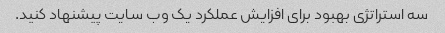
سه استراتژی بهبود برای افزایش عملکرد یک وب سایت پیشنهاد کنید.